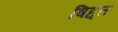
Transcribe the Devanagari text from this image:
षिद्दत